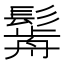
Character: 𩮣